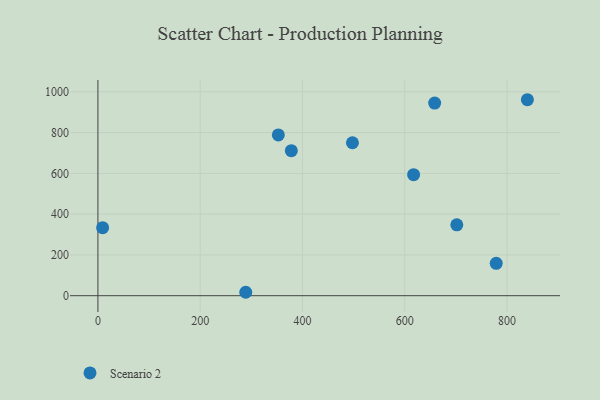
{"axis": {"x": "Speed", "y": "Profit"}, "legend": ["Scenario 2"], "data": [{"x": "658.5", "y": 945.0, "type": "Scenario 2"}, {"x": "9.2", "y": 333.7, "type": "Scenario 2"}, {"x": "617.3", "y": 593.7, "type": "Scenario 2"}, {"x": "839.8", "y": 961.4, "type": "Scenario 2"}, {"x": "497.7", "y": 750.4, "type": "Scenario 2"}, {"x": "701.8", "y": 347.6, "type": "Scenario 2"}, {"x": "289.1", "y": 16.8, "type": "Scenario 2"}, {"x": "778.9", "y": 158.6, "type": "Scenario 2"}, {"x": "378.2", "y": 711.4, "type": "Scenario 2"}, {"x": "352.8", "y": 788.7, "type": "Scenario 2"}]}